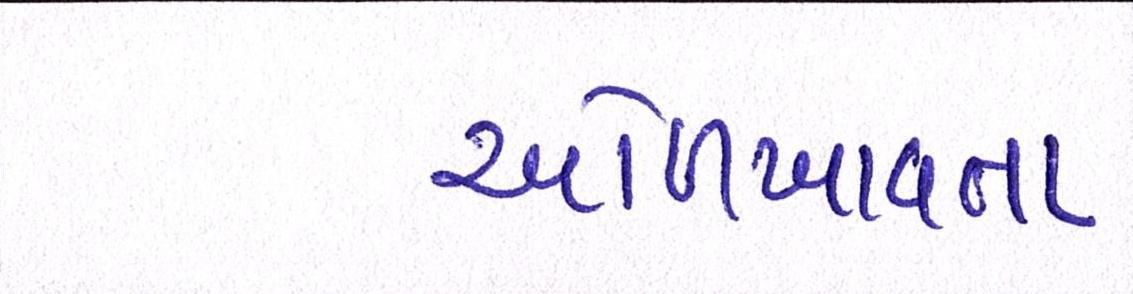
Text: ઓળખાવતા